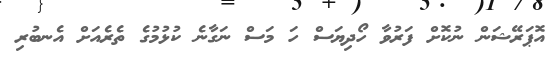
އޮޕަރޭޝަން ނުކޮށް ފަރުވާ ހޯދިޔަސް ހަ މަސް ނަގާނެ ކުޅުމުގެ ތެރެއަށް އެނބުރި